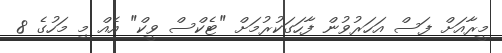
މީރާއަށް ފަސް އަހަރުވުން ފާހަގަކުރުމަށް "ޓެކްސް ވީކް" އެއް މި މަހުގެ 8